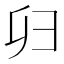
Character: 𢑏